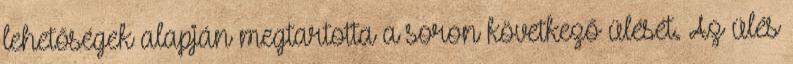
lehetőségek alapján megtartotta a soron következő ülését. Az ülés